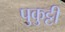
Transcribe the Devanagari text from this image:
पुकुट्टी